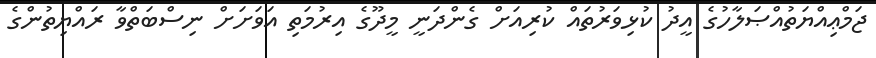
ޖަމްޢިއްޔަތުއްޞަލާހުގެ އީދު ކުޅިވަރުތައް ކުރިއަށް ގެންދަނީ މީދޫގެ އިރުމަތި އަވަށަށް ނިސްބަތްވާ ރައްޔިތުންގެ